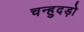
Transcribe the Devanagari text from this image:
चन्हुदड़ो